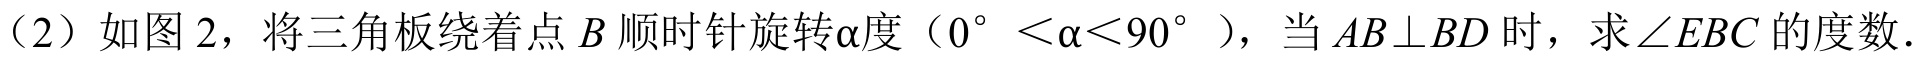
（2）如图 2，将三角板绕着点\(B\)顺时针旋转\(\alpha\)度（\(0^{\circ}<\alpha<90^{\circ}\)），当\(AB\perp BD\)时，求\(\angle EBC\)的度数.